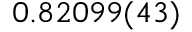
0 . 8 2 0 9 9 ( 4 3 )